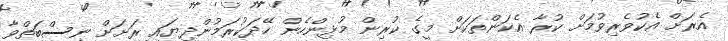
އެރަށް އެކުވެރިވުމަށް ކުރާ އެކަންތަކަށް މީގެ ކުރިން މުޅިންހެން ހޭދަކުރަމުންދިޔައީ ރަށަށް ނިސްބަތްވާ